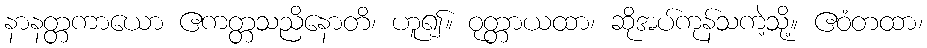
နာနတ္တကာယော ဧကတ္တသညိနောတိ၊ ဟူ၍။ ဝုတ္တာယထာ၊ ဆိုအပ်ကုန်သကဲ့သို့။ ဧဝံတထာ၊